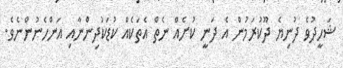
ޝަހީދުވެ ދުނިޔެ ދޫކުރަމުން އެ ދަނީ ކުށެއް ނެތް އެތަކެއް ކުޑަކުދިންނާއި އަންހެނުންނެވެ.